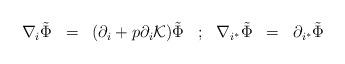
LaTeX: \begin{align*}\begin{array}{ccccccc}\nabla_i \tilde{\Phi}& =& (\partial_i + p \partial_i{\cal K}) \tilde{\Phi}& ; & \nabla_{i^*}\tilde{\Phi}&=&\partial_{i^*} \tilde{\Phi}\cr\end{array}\end{align*}